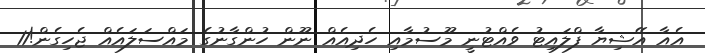
އެއާ އޭޝިޔާ ފްލައިޓު ވެއްޓުނީ މޫސުމާއި ހެދިއެއް ނޫން ހުންގާނުގެ މައްސަލައެއް ޖެހިގެން!11